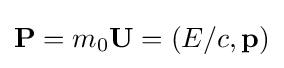
{\boldsymbol {\mathbf {P} }}=m_{0}{\boldsymbol {\mathbf {U} }}=(E/c,\mathbf {p} )